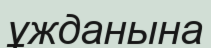
ұжданына